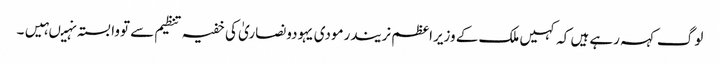
لوگ کہہ رہے ہیں کہ کہیں ملک کے وزیراعظم نریندرمودی یہودونصاریٰ کی خفیہ تنظیم سے تووابستہ نہیںہیں۔